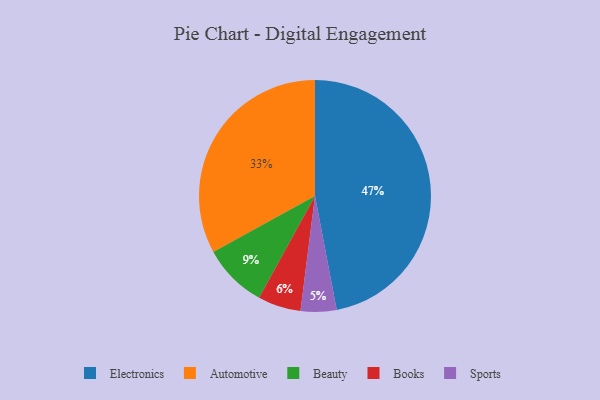
{"axis": {"x": "Category", "y": "Percentage"}, "legend": ["Automotive", "Beauty", "Books", "Electronics", "Sports"], "data": [{"x": "Automotive", "y": 33, "type": "Automotive"}, {"x": "Books", "y": 6, "type": "Books"}, {"x": "Electronics", "y": 47, "type": "Electronics"}, {"x": "Sports", "y": 5, "type": "Sports"}, {"x": "Beauty", "y": 9, "type": "Beauty"}]}